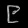
Digit: ၉